Vaccination in Burma 1920-1933 - 1920-1933
Year: 1920
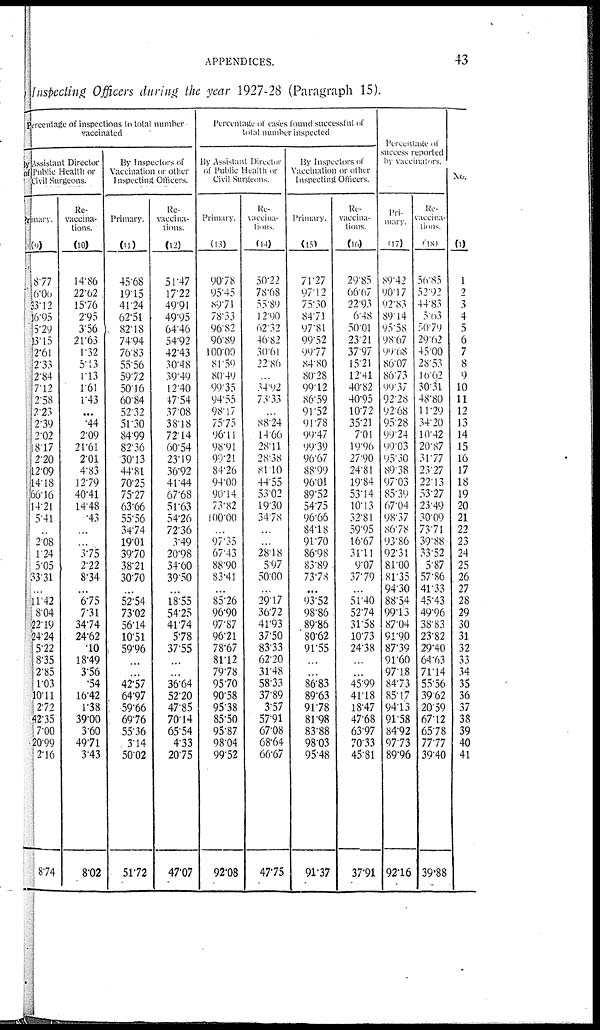
APPENDICES.
43
Inspecting Officers during the year 1927-28 (Paragraph 15).
percentage of inspections to total number
vaccinated
By Assistant Director
of public Health or
Civil Surgeons.
Primary.
(9)
8.77
6.00
33.12
16.95
5.29
3.15
2.61
2.33
2.84
7.12
2.58
2.23
2.39
2.02
8.17
2.20
12.09
14.18
66.16
14.21
5.41
...
2.08
1.24
5.05
33.31
...
11.42
8.04
52.19
24.24
5.22
8.35
2.85
1.03
10.11
2.72
42.35
7.00
20.99
2.16
8.74
Re-
vaccina¬
tions.
(10)
14.86
22.62
15.76
2.95
3.56
21.63
1.32
5.13
1.13
1.61
1.43
...
.44
2.09
21.61
2.01
4.83
12.79
40.41
14.48
.43
...
...
3.75
2.22
8.34
...
6.75
7.31
34.74
24.62
.10
18.49
3.56
.54
16.42
1.38
39.00
3.60
49.71
3.43
8.02
By Inspectors of
Vaccination or other
Inspecting Officers.
Primary.
(11)
45.68
19.15
41.24
62.51
82.18
74.94
76.83
55.56
59.72
50.16
60.84
52.32
51.30
84.99
82.36
30.13
44.81
70.25
75.27
63.66
55.56
34.74
19.01
39.70
38.21
30.70
...
52.54
73.02
56.14
10.51
59.96
...
...
42.57
64.97
59.66
69.76
55.36
3.14
50.02
51.72
Re-
vaccina-
tions.
(12)
51.47
17.22
49.91
49.95
64.46
54.92
42.43
30.48
39.49
12.40
47.54
37.08
38.18
72.14
60.54
23.19
36.92
41.44
67.68
51.63
54.26
72.36
3.49
20.98
34.60
39.50
...
18.55
54.25
41.74
5.78
37.55
...
...
36.64
52.20
47.85
70.14
65.54
4.33
20.75
47.07
Percentage of cases found successful of
total number inspected
By Assistant Director
of Public Healts or
Civil Surgeons
Primary.
(13)
90.78
95.45
89.71
78.33
96.82
96.89
100.00
81.50
80.49
99.35
94.55
98.17
75.75
96.11
98.91
99.21
84.26
94.00
90.14
73.82
100.00
...
97.35
67.43
88.90
83.41
...
85.26
96.90
97.87
96.21
78.67
81.12
79.78
95.70
90.58
95.38
85.50
95.87
98.04
99.52
92.08
Re-
vaccina-
tions (14)
50.22
78.68
55.89
12.90
62.32
46.82
30.61
22.86
...
34.92
73.33
...
88.24
14.66
28.11
28.38
81.10
44.55
53.02
19.30
34.78
...
...
28.18
5.97
50.00
...
29.17
36.72
41.93
37.50
83.33
62.20
31.48
58.33
37.89
3.57
57.91
67.08
68.64
66.67
47.75
By Inspectors of
Vaccination or other
Inspecting Officers.
Primary.
(15)
71.27
97.12
75.30
84.71
97.81
99.52
99.77
84.80
80.28
99.12
86.59
91.52
91.78
99.47
99.39
96.67
88.99
96.01
89.52
54.75
96.66
84.18
91.70
86.98
83.89
73.78
...
93.52
98.86
89.86
80.62
91.55
...
...
86.83
89.63
91.78
81.98
83.88
98.03
95.48
91.37
Re-
vaccina¬
tions.
(16)
29.85
66.67
22.93
6.48
50.01
2321
37.97
15.21
12.41
40.82
40.95
10.72
35.21
7.01
19.96
27.90
24.81
19.84
53.14
10.13
32.81
59.95
16.67
31.11
9.07
37.79
...
51.40
52.74
31.58
10.73
24.38
...
...
45.99
41.18
18.47
47.68
63.97
70.33
45.81
37.91
Percentage
success reported
by vaccinators.
Pri-
mary.
(17)
89.42
90.17
92.83
89.14
95.58
98.67
99.68
86.07
86.73
99.37
92.28
92.68
95.28
99.24
99.03
95.30
89.38
97.03
85.39
67.04
98.37
86.78
93.86
92.31
81.00
81.35
94.30
88.54
99.13
87.04
91.90
87.39
91.60
97.17
84.73
85.17
94.13
91.58
84.92
97.73
89.96
92.16
Re-
vaccina¬
tions
(18)
56.85
52.92
44.83
5.63
50.79
29.62
45.00
28.53
16.62
30.31
48.80
11.29
34.20
10.42
20.87
31.77
23.27
22.13
53.27
23.49
30.09
73.71
39.88
33.52
5.87
57.86
41.33
45.43
49.96
38.83
23.82
29.40
64.63
71.14
55.56
39.62
20.59
67.12
65.78
77.77
39.40
39.88
No.
(1)
1
2
3
4
5
6
7
8
9
10
11
12
13
14
15
16
17
18
19
20
21
22
23
24
25
26
27
28
29
30
31
32
33
34
35
36
37
38
39
40
41